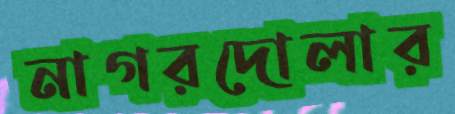
নাগরদোলার